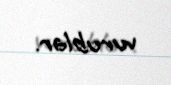
vurublar.